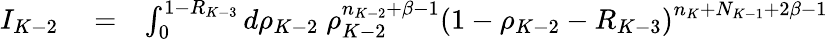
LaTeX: \begin{array}{rlr}{I_{K-2}}&{{}=}&{\int_{0}^{1-R_{K-3}}d\rho_{K-2}\; \rho_{K-2}^{n_{K-2}+\beta-1}\left(1-\rho_{K-2}-R_{K-3}\right)^{n_{K}+N_{K-1}+2\beta-1}}\end{array}